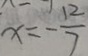
x = - \frac { 1 2 } { 7 }